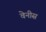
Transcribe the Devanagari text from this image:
वेनीस